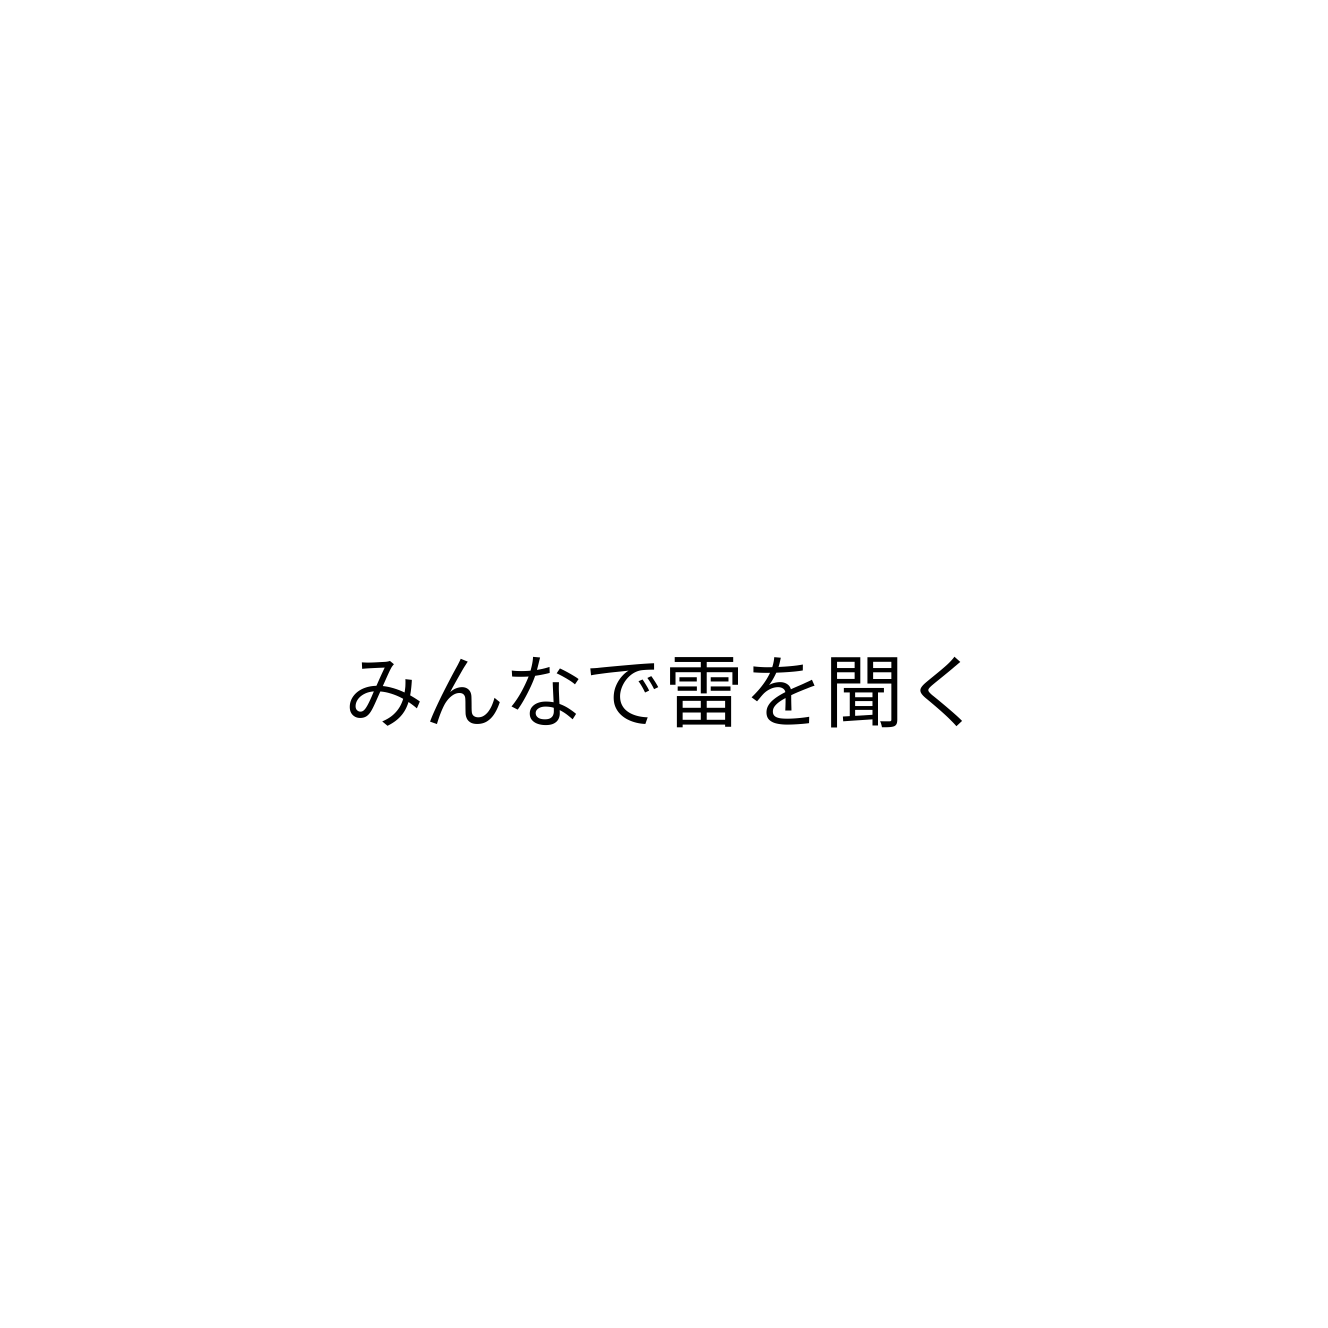
みんなで雷を聞く